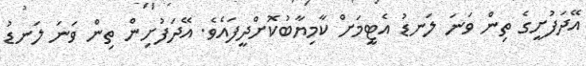
އޭދަފުށީގެ ތިން ވަނަ ލަނޑު އެޓީމަށް ކާމިޔާބުކޮށްދީފައެވެ. އޭދަފުށިން ތިން ވަނަ ލަނޑު